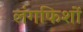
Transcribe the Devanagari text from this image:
लंगफिशों